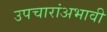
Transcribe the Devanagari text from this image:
उपचारांअभावी